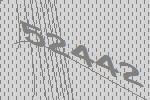
52442